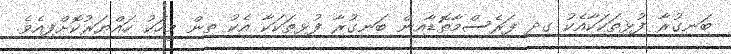
ބަނގުރާ ފުޅިތަކަކާއެކު ގދ ފަރެސްމާތޮޑާއިން ބަނގުރާ ފުޅިތަކަކާ އެކު ތިން މީހަކު ހައްޔަރުކޮށްފިއެވެ.